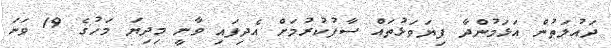
ދައުލަތުން އަޅަމުންދާ ފިޔަވަޅުތައް ސާފުކުރުމަށް އެދިފައި ވާނީ މިދިޔަ މަހުގެ 19 ވަނަ